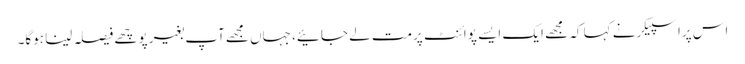
اس پراسپیکرنے کہا کہ مجھے ایک ایسے پوائنٹ پرمت لے جائیے، جہاں مجھےآپ بغیر پوچھے فیصلہ لینا ہوگا۔